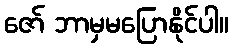
ဇော် ဘာမှမပြောနိုင်ပါ။